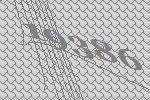
19386